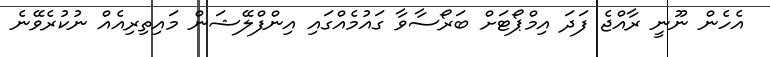
އެހެން ނޫނީ ރާއްޖެ ފަދަ އިމްޕޯޓަށް ބަރޯސާވާ ގައުމެއްގައި އިންފްލޭޝަން މައިތިރިއެއް ނުކުރެވޭނެ